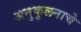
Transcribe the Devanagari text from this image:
अनुकुलनाचे